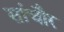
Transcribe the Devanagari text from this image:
सांचौर